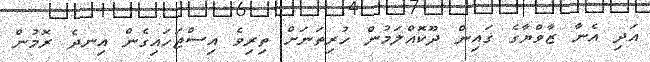
އަދި އެނާ ޒާވްޔާގެ ގައިން ދޫކޮއްލަމުން ހުރިތަނަށް ތިރިވެ އިސްޖަހައިގެން އިނދެ ރޮމުން